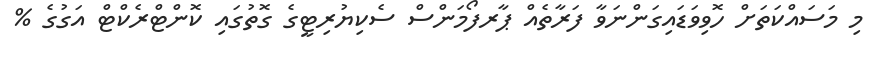
މި މަސައްކަތަށް ހޮވިވަޑައިގަންނަވާ ފަރާތެއް ޕާރފޯމަންސް ސެކިޔުރިޓީގެ ގޮތުގައި ކޮންޓްރެކްޓް އަގުގެ %